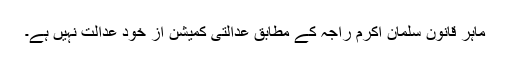
ماہرِ قانون سلمان اکرم راجہ کے مطابق عدالتی کمیشن از خود عدالت نہیں ہے۔